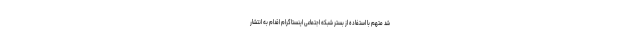
شد متهم با استفاده از بستر شبکه اجتماعی اینستاگرام اقدام به انتشار